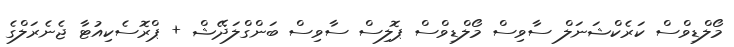
މޯލްޑިވްސް ކަރެކްޝަނަލް ސާވިސް މޯލްޑިވްސް ޕޮލިސް ސާވިސް ބަންގްލަދޭޝް + ޕްރޮސެކިއުޓާ ޖެނެރަލްގެ